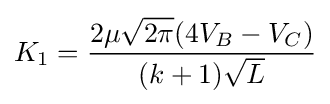
K_{1}={\frac {2\mu {\sqrt {2\pi }}(4V_{B}-V_{C})}{(k+1){\sqrt {L}}}}